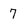
Character: 7